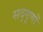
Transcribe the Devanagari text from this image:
सद्‌गुणों